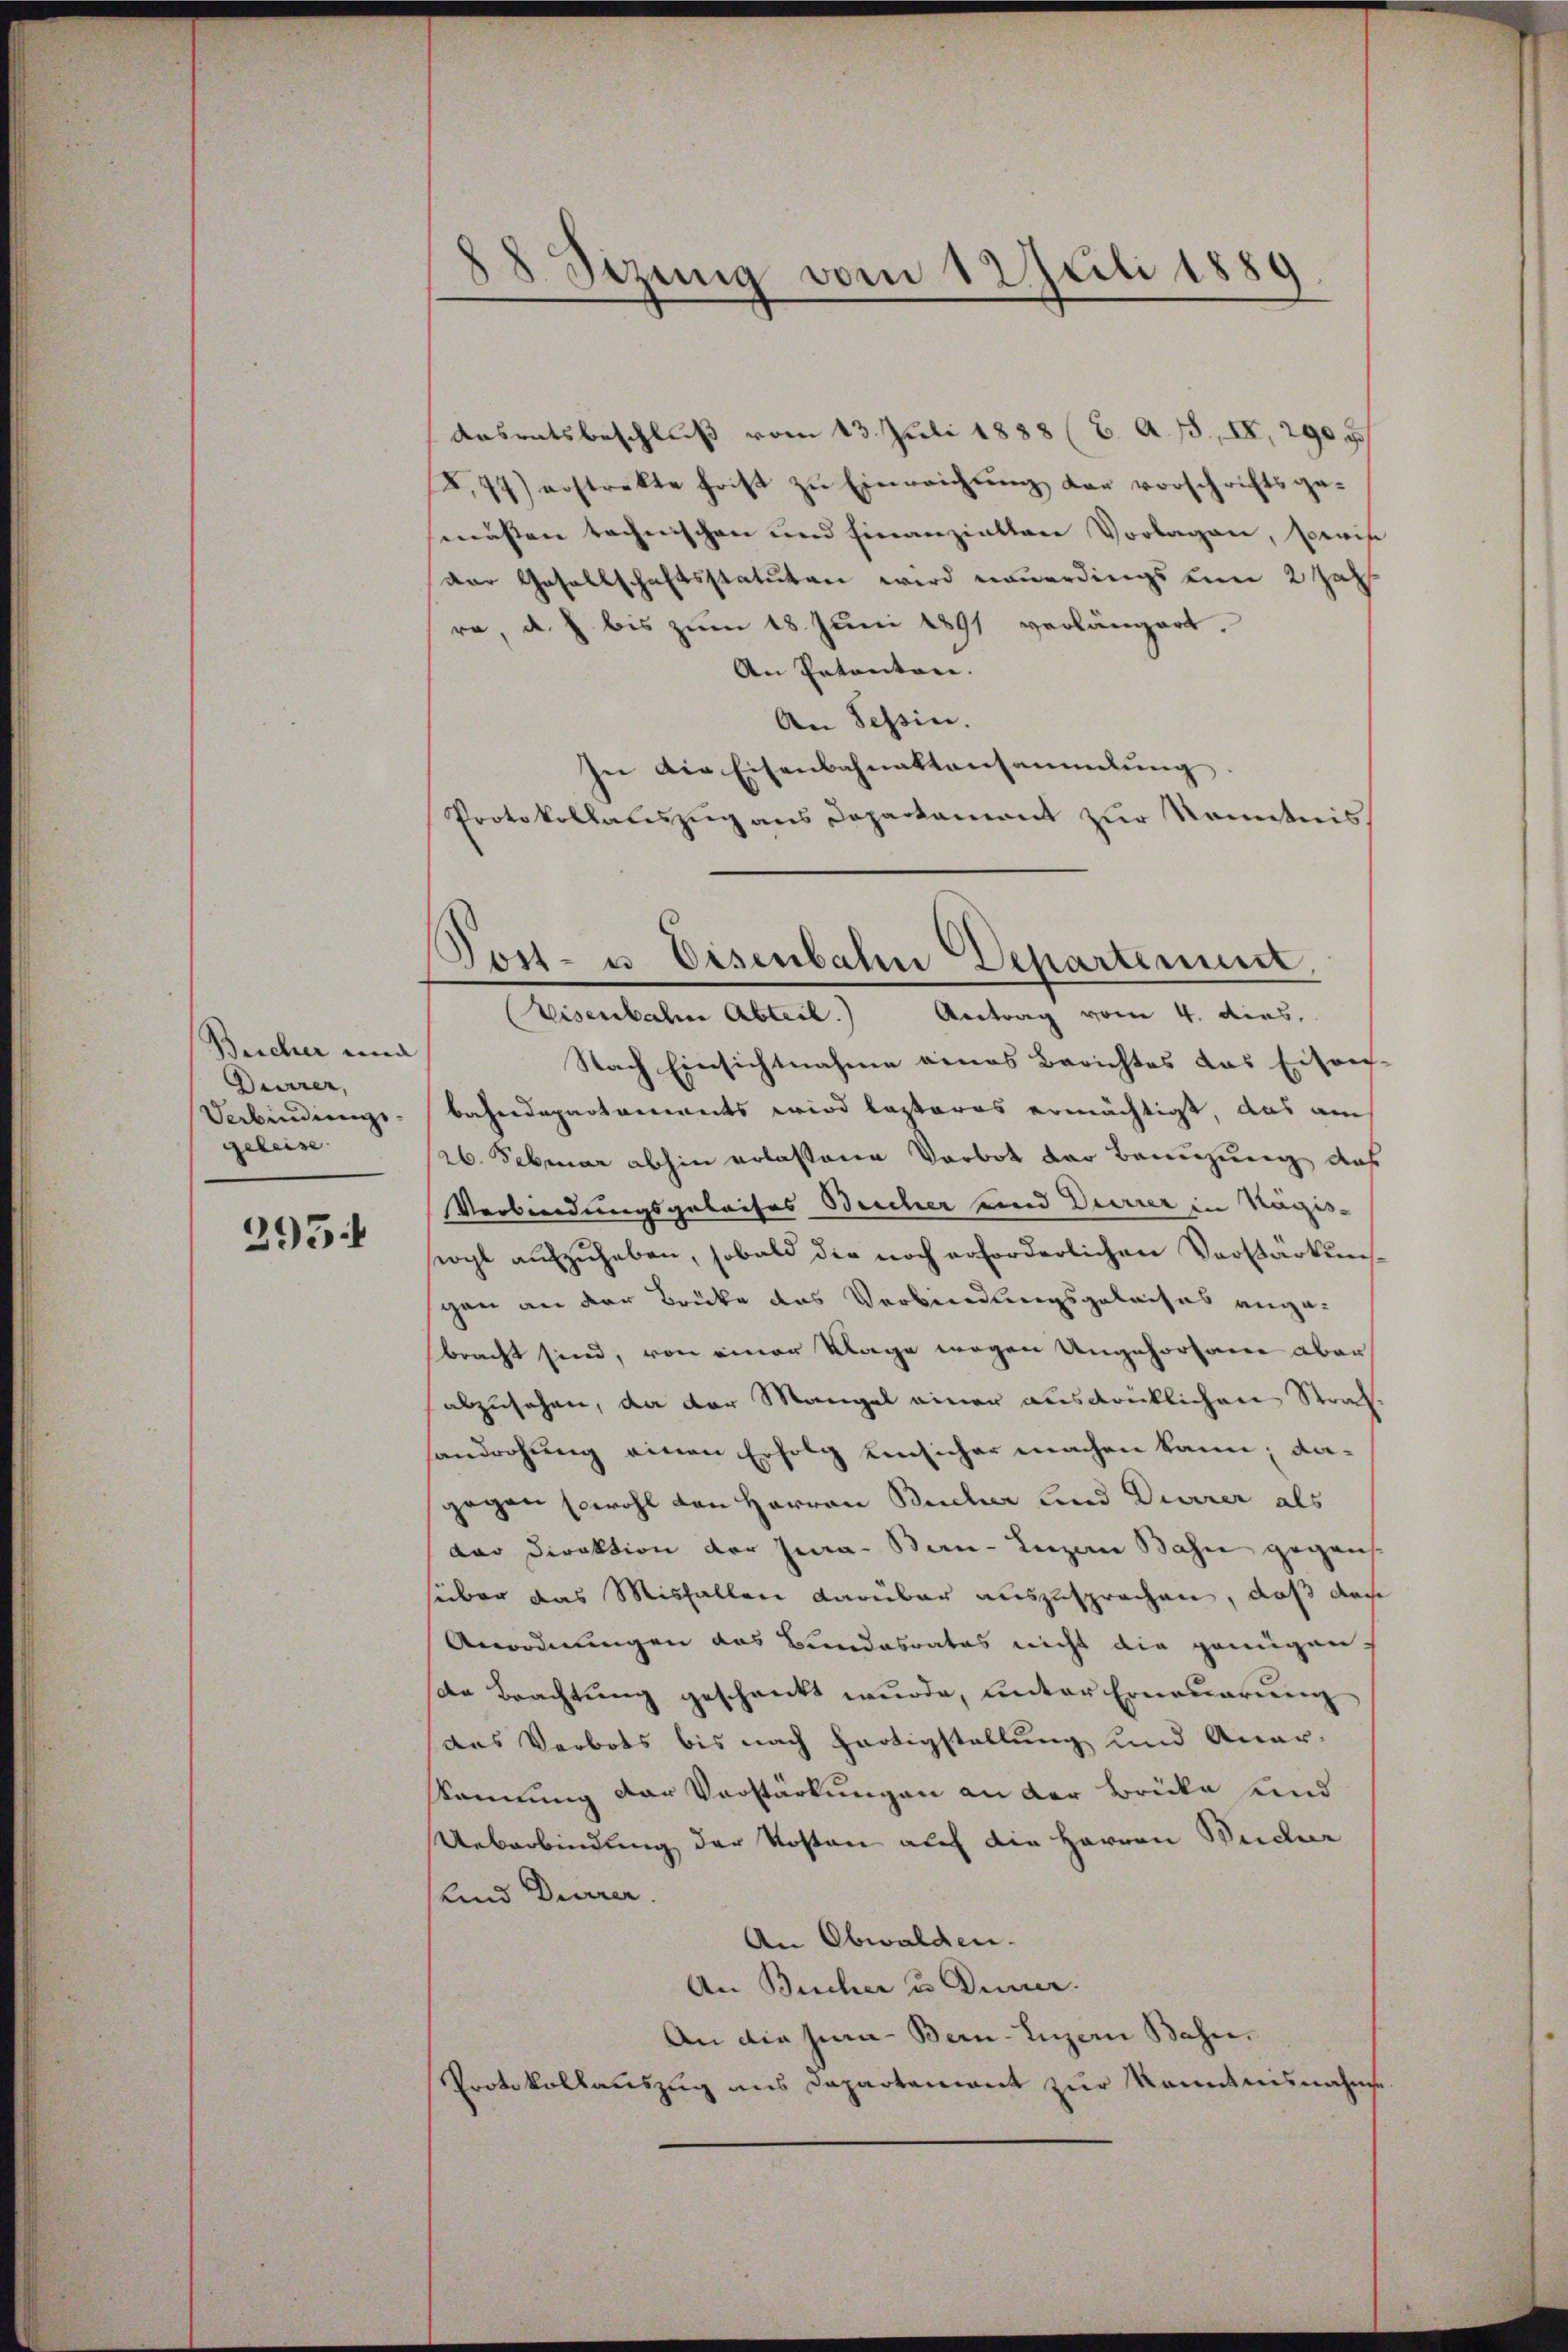
Beicher una
Durrer,
Verbindung.
geleise

295.

88 Sitzung vom 12 Juli 1889.

Post- u. Eisenbahn Departement.

Aasratsbeschluß vom 13. Juli 1888 (C. A. 15, IV, 290 u
.77) erstrekte frist zŭ Einreichŭng der vorschriftsge-
müssen technischen und hinanzielten Vorlagen, sowi
Der Gesellschaftsstatuten wird neuerdings um 2 Jahr
re, d. J. bis zum 18. Juni 1891 verlängert.
An Patenton. |
An Tessin.
In die Eisenbahnaktensammlung
Protokollauszug aus Departament zur Kenntnis
Eisenbahne Abteil. Antrag vom 4. dies
Nach Einsichtnahme eines Berichtes das Eisrec
bahndepartenwerts wird lezteres ermächtigt, das auch
26. Februar abhin erlassene Vorbot der Bannzung des
Verbindungsgelaifes Beicher und Deirrer in Magis-
siogl aŭfzŭheben, sobald die noch erforderlichen Vorstarkung
gen an der Brücke des Verbindungsgeleises ange-
bracht sind, von einer Wage wegen Ungehorsane aber
abzusehen, da der Mangel einer ausdrücklichen Strafsandrohung einen Erfolg einsicher machen kann; dagegen sowohl von Herren Bucher und Dürrer als
dar Direktion der Jura. Bau- Luzern Bahn gegens
süber das Misfallen darüber auszusprochen, daß doch
Anordnungen das Bundesrates nicht die genügen,
se Brachtung geschenkt wurde, unter Erneuerung
das Verbots bis nach Hartigstellung und Anar-
skennung der Vorstärkungen an der Brücke und
Ueberbindung der Kosten auf die Herren Seider
lind Dürrer.
An Obwalden.
An Bucher u Deiner.
An die sia - Bern-Luzern Bahn.
Protokollauszug aus Departement zur Kenntnisnahme